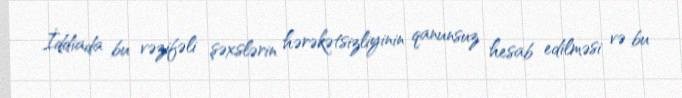
İddiada bu vəzifəli şəxslərin hərəkətsizliyinin qanunsuz hesab edilməsi və bu